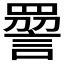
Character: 𧪔